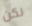
نكن